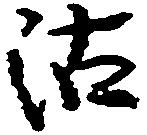
沽